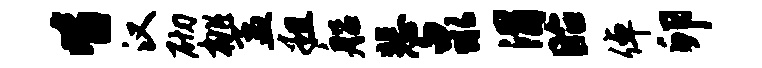
皆汉砌桃孟粗船悲泉渭眙倬卯